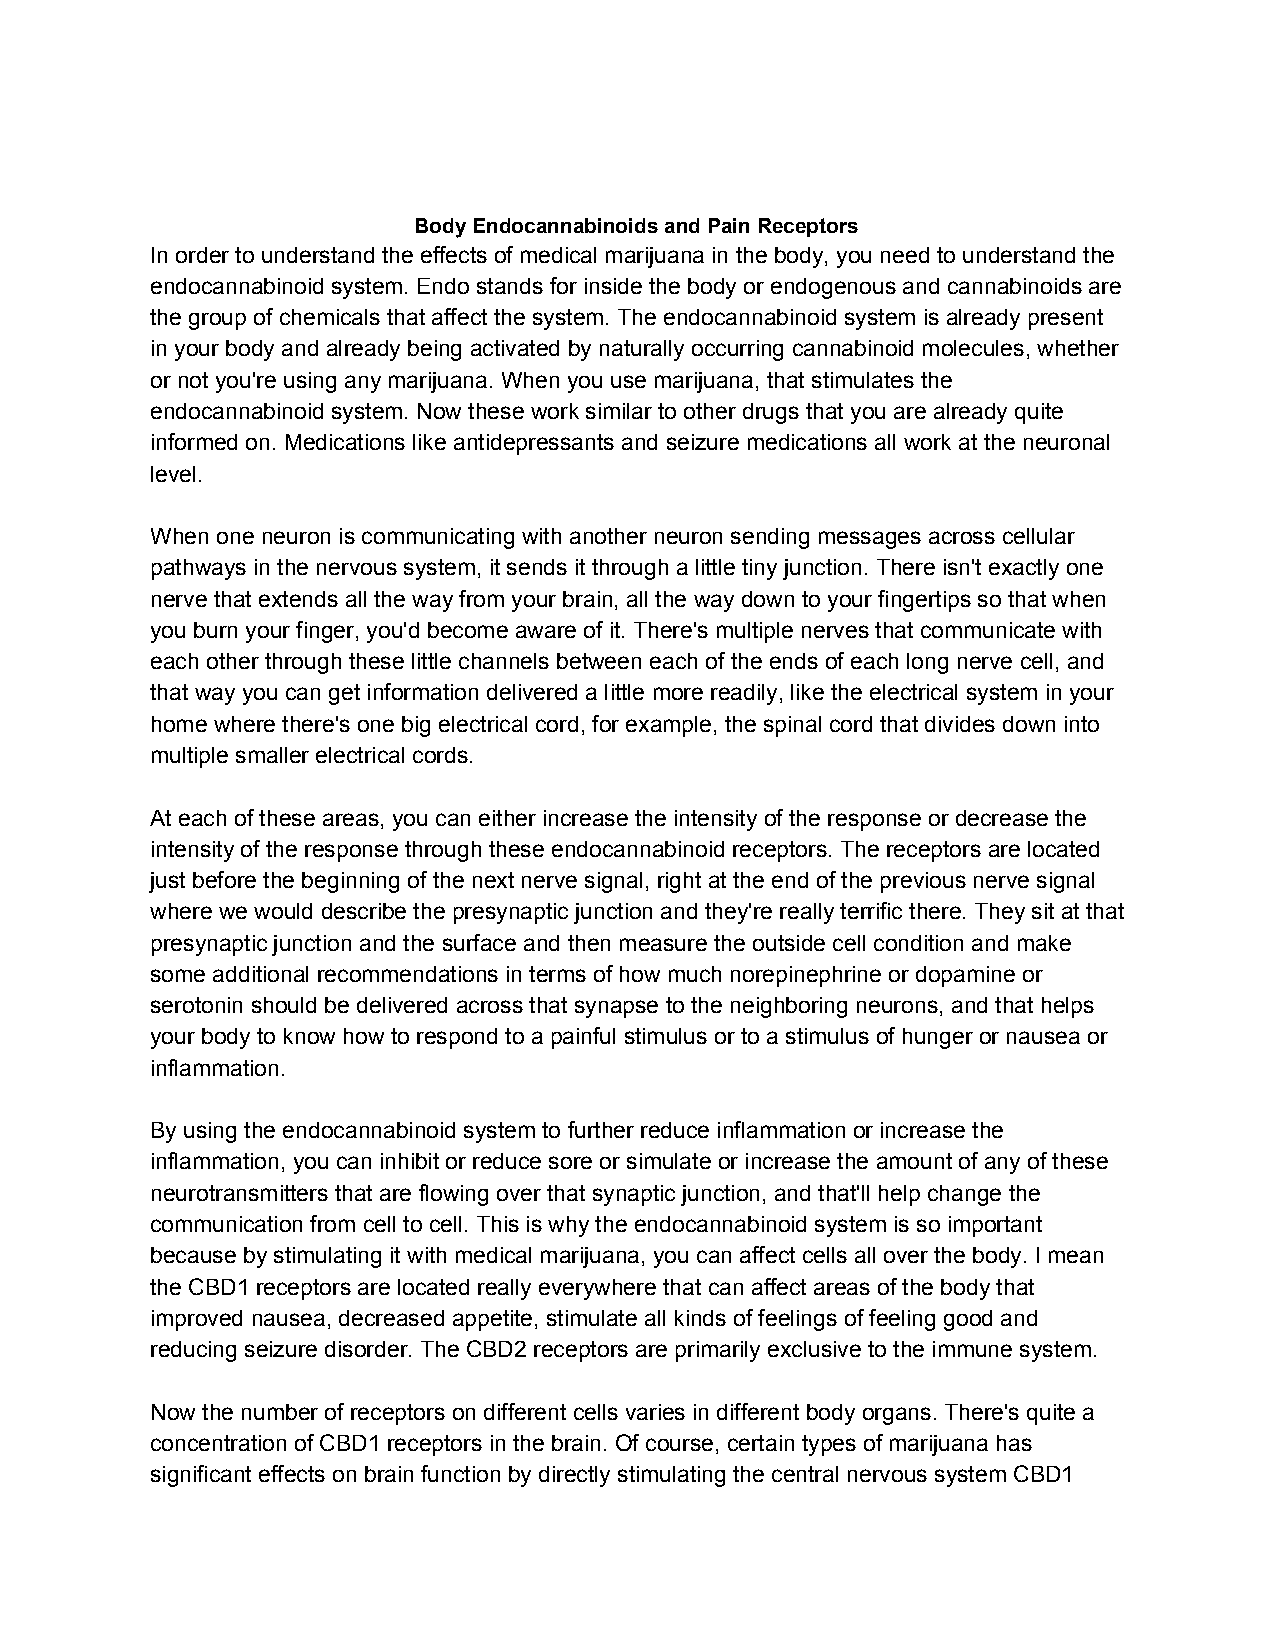
Body Endocannabinoids and Pain Receptors
 In order to understand the effects of medical marijuana in the body, you need to understand the
 endocannabinoid system. Endo stands for inside the body or endogenous and cannabinoids are
 the group of chemicals that affect the system. The endocannabinoid system is already present
 in your body and already being activated by naturally occurring cannabinoid molecules, whether
 or not you're using any marijuana. When you use marijuana, that stimulates the
 endocannabinoid system. Now these work similar to other drugs that you are already quite
 informed on. Medications like antidepressants and seizure medications all work at the neuronal
 level.
 When one neuron is communicating with another neuron sending messages across cellular
 pathways in the nervous system, it sends it through a little tiny junction. There isn't exactly one
 nerve that extends all the way from your brain, all the way down to your fingertips so that when
 you burn your finger, you'd become aware of it. There's multiple nerves that communicate with
 each other through these little channels between each of the ends of each long nerve cell, and
 that way you can get information delivered a little more readily, like the electrical system in your
 home where there's one big electrical cord, for example, the spinal cord that divides down into
 multiple smaller electrical cords.
 At each of these areas, you can either increase the intensity of the response or decrease the
 intensity of the response through these endocannabinoid receptors. The receptors are located
 just before the beginning of the next nerve signal, right at the end of the previous nerve signal
 where we would describe the presynaptic junction and they're really terrific there. They sit at that
 presynaptic junction and the surface and then measure the outside cell condition and make
 some additional recommendations in terms of how much norepinephrine or dopamine or
 serotonin should be delivered across that synapse to the neighboring neurons, and that helps
 your body to know how to respond to a painful stimulus or to a stimulus of hunger or nausea or
 inflammation.
 By using the endocannabinoid system to further reduce inflammation or increase the
 inflammation, you can inhibit or reduce sore or simulate or increase the amount of any of these
 neurotransmitters that are flowing over that synaptic junction, and that'll help change the
 communication from cell to cell. This is why the endocannabinoid system is so important
 because by stimulating it with medical marijuana, you can affect cells all over the body. I mean
 the CBD1 receptors are located really everywhere that can affect areas of the body that
 improved nausea, decreased appetite, stimulate all kinds of feelings of feeling good and
 reducing seizure disorder. The CBD2 receptors are primarily exclusive to the immune system.
 Now the number of receptors on different cells varies in different body organs. There's quite a
 concentration of CBD1 receptors in the brain. Of course, certain types of marijuana has
 significant effects on brain function by directly stimulating the central nervous system CBD1